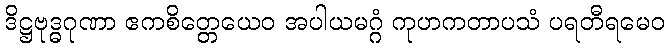
ဒိဋ္ဌဗုဒ္ဓဂုဏာ ဧကစိတ္တေယေဝ အပါယမဂ္ဂံ ကုဟကတာပသံ ပရတီရမေဝ